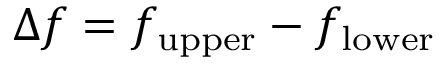
\Delta f = f _ { \mathrm { u p p e r } } - f _ { \mathrm { l o w e r } }